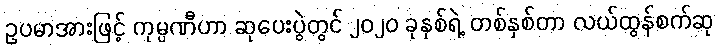
ဥပမာအားဖြင့် ကုမ္ပဏီဟာ ဆုပေးပွဲတွင် ၂၀၂၀ ခုနှစ်ရဲ့ တစ်နှစ်တာ လယ်ထွန်စက်ဆု